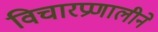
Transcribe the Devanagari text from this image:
विचारप्रणालीने